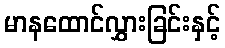
မာနထောင်လွှားခြင်းနှင့်